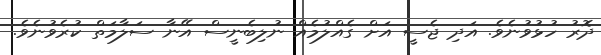
ދޮރު ހުޅުވުނެވެ. އަދި ޖެސީ އަށް ގެއްލުމެއް ނުލިބެނީސް އޭނާ ސަލާމަތް ކުރެވުނެވެ.